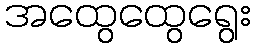
အထွေထွေရွေး